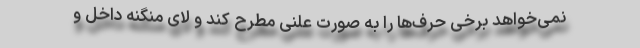
نمی‌خواهد برخی حرف‌ها را به صورت علنی مطرح کند و لای منگنه داخل و